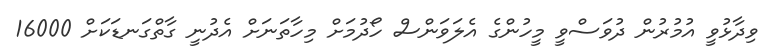
ވިދާޅުވީ އުމުރުން ދުވަސްވީ މީހުންގެ އެލަވަންސް ހޯދުމަށް މިހާތަނަށް އެދުނީ ގާތްގަނޑަކަށް 16000